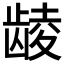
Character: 𲎩